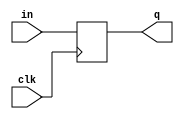
module clk_buffer(
	input wire clk, 
	input wire [width-1:0] in, 
	output reg [width-1:0] q );

parameter width = 8;

always @(posedge clk)
begin
	q <= in;
end

endmodule